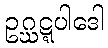
ဥဂ္ဃဋ္ဋပါဒေါ